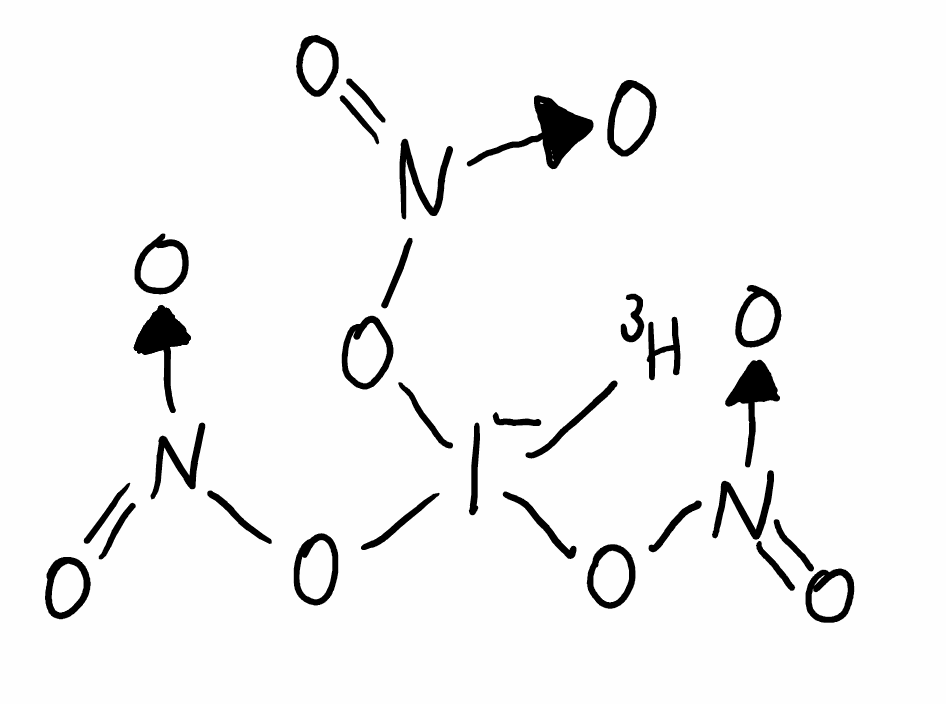
Simplified molecular-input line-entry system (SMILES) notation of the given molecule:
[3H][I-](O[N+](=O)[O-])(O[N+](=O)[O-])O[N+](=O)[O-]